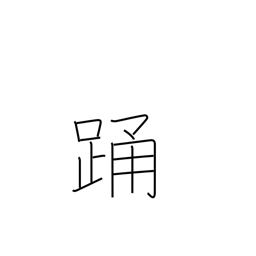
Meaning: jump